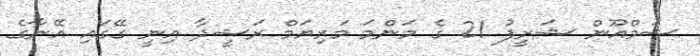
ޝަމްއޫން ޝަރީފު 21 ގެ މަންމަ މަރިޔަމް ރަޝީދާ އިނީ ގޭގައި އޭނާގެ